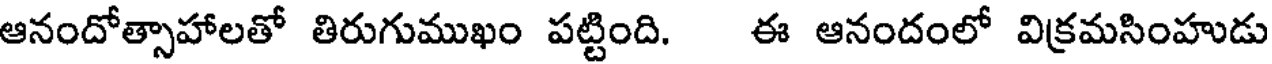
ఆనందోత్సాహాలతో తిరుగుముఖం పట్టింది. ఈ ఆనందంలో విక్రమసింహుడు